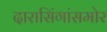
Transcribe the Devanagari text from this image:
दारासिंगांसमोर